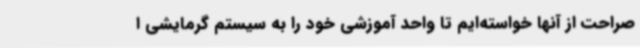
صراحت از آنها خواسته‌ایم تا واحد آموزشی خود را به سیستم گرمایشی ا